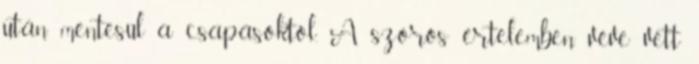
után mentesül a csapásoktól. A szoros értelemben véve vett